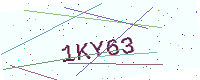
Text: 1KY63